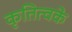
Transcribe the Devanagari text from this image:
कृतित्वके